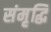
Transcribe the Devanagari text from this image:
संमृृद्धि